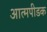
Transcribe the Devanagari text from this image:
आत्मपीडक